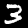
Label: 3